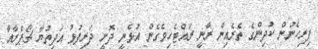
ފިރިހެނުން ކުދިންގެ ތެރެއިން ރާނީ ރައްޓެހިވެގެން އުޅެނީ ދޮށީ ދަރިފުޅު އަދިތުޔާ ޗޯޕްރާއާ